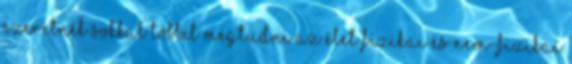
szeretnék sokkal többet megtudni az élet fizikai és nem-fizikai